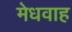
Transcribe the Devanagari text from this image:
मेधवाह